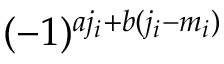
( - 1 ) ^ { a j _ { i } + b ( j _ { i } - m _ { i } ) }